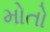
મોતો